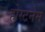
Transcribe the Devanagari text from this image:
होस्टनेम